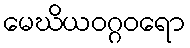
မေဃိယဝဂ္ဂဝရော